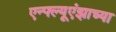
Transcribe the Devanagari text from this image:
एन्फ्ल्यूएंझाच्या